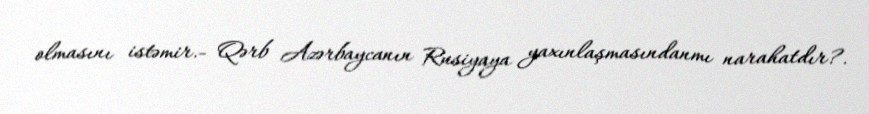
olmasını istəmir.- Qərb Azərbaycanın Rusiyaya yaxınlaşmasındanmı narahatdır?.